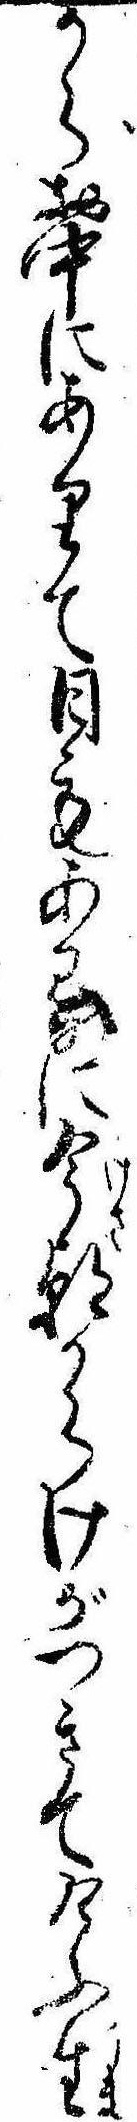
からお中にありて日もあるに今朝からけがつきてけふ生